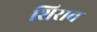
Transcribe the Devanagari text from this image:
शिराव